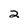
Character: 2